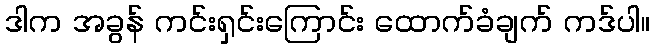
ဒါက အခွန် ကင်းရှင်းကြောင်း ထောက်ခံချက် ကဒ်ပါ။